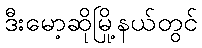
ဒီးမော့ဆိုမြို့နယ်တွင်